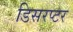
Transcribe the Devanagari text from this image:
डिसरप्टर